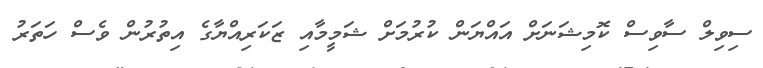
ސިވިލް ސާވިސް ކޮމިޝަނަށް އައްޔަން ކުރުމަށް ޝަމީމާއި ޒަކަރިއްޔާގެ އިތުރުން ވެސް ހަތަރު